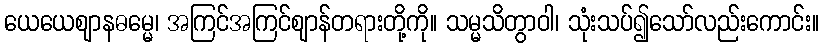
ယေယေဈာနဓမ္မေ၊ အကြင်အကြင်ဈာန်တရားတို့ကို။ သမ္မသိတွာဝါ၊ သုံးသပ်၍သော်လည်းကောင်း။